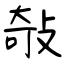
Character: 敧